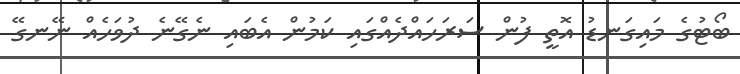
ބޯޓުގެ މައިގަނޑު އޮތީ ފުން ސަރަހައްދެއްގައި ކަމުން އެބައި ނެގޭނެ ދުވަހެއް ނޭނގޭ